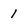
Character: 1